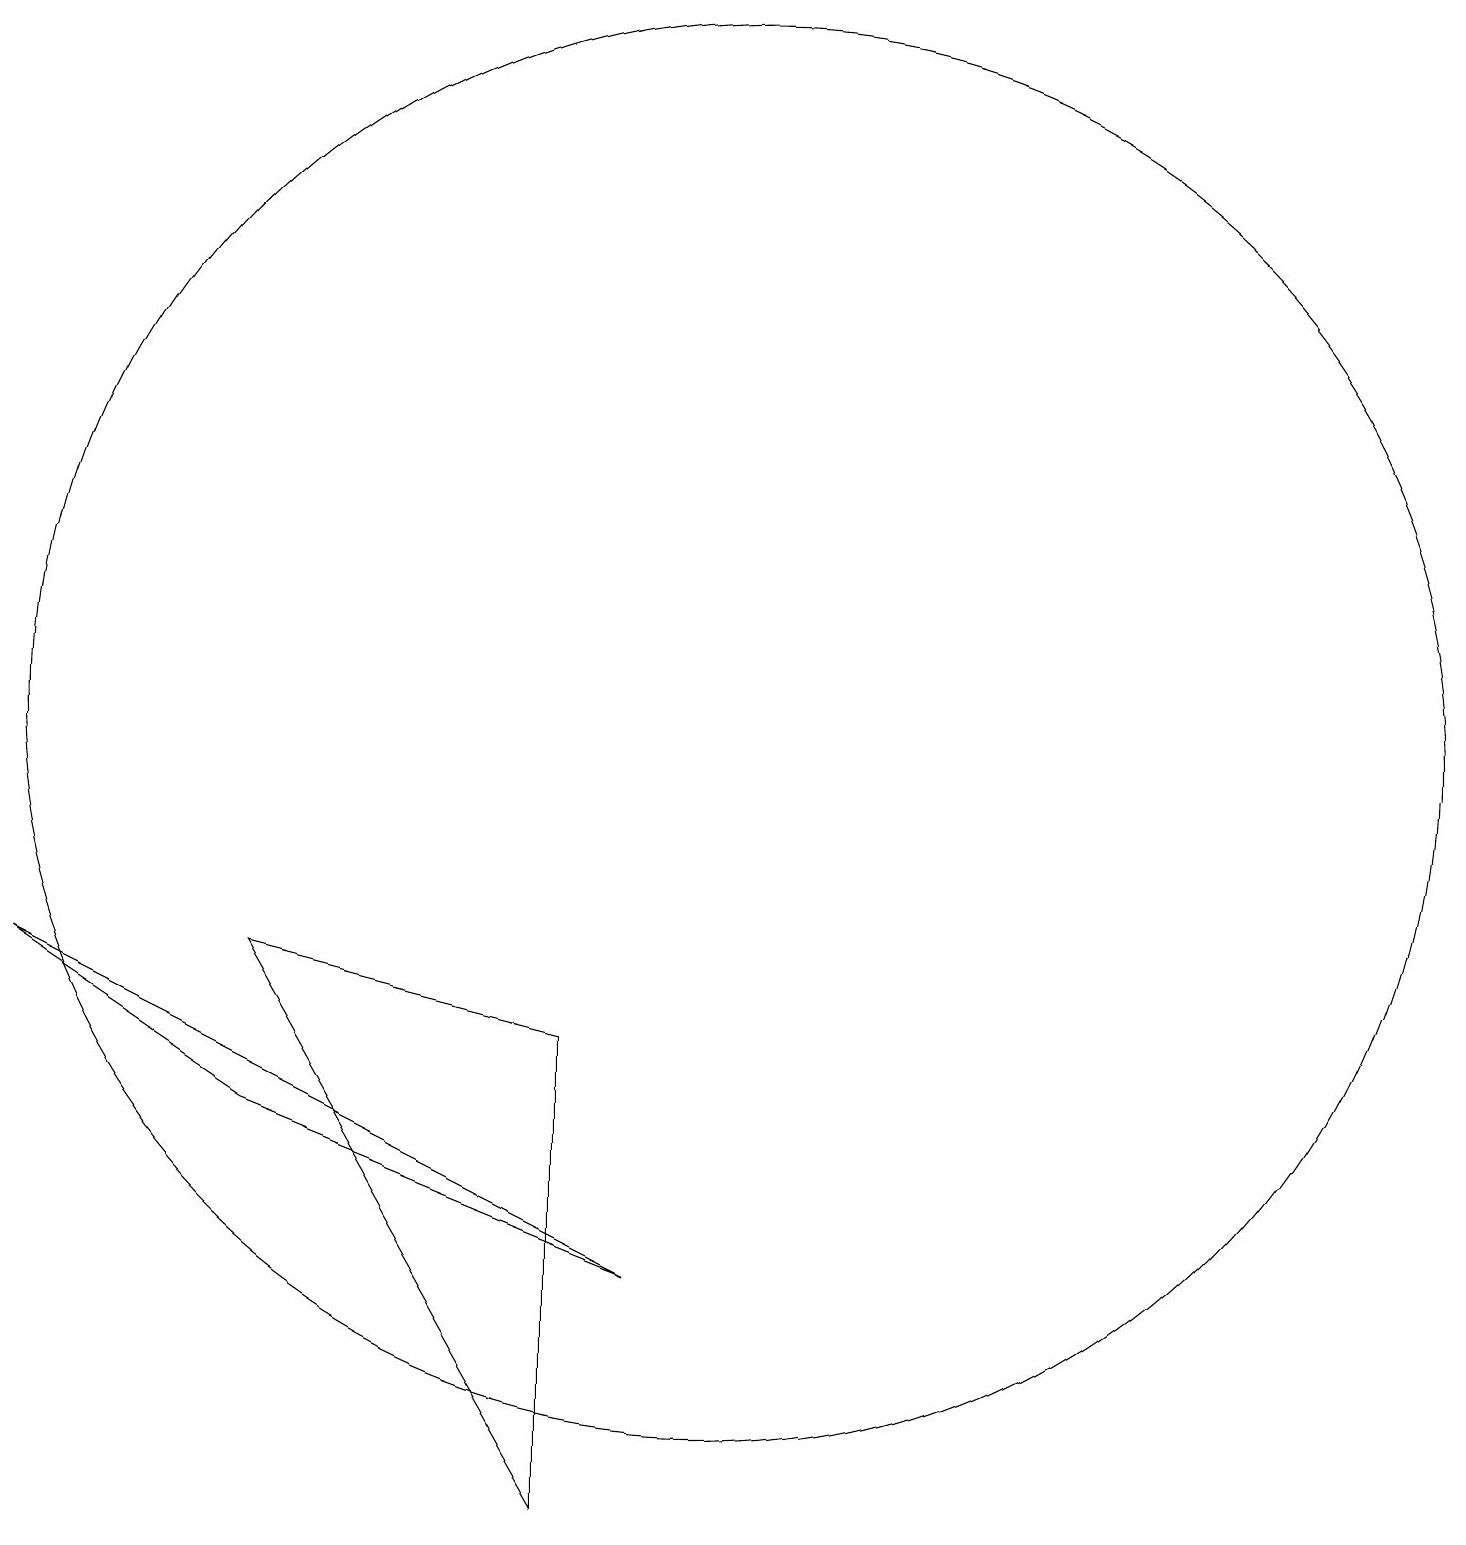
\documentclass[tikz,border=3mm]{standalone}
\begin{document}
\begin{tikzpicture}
\draw (1,7) -- (9,3) -- (4,5) -- cycle;
\draw (10,10) circle (9);
\draw (4,7) -- (8,0) -- (8,6) -- cycle;
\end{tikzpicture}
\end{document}